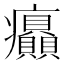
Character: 𤼟